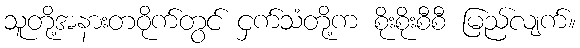
သူတို့အနားတဝိုက်တွင် ငှက်သံတို့က စိုးစိုးစီစီ မြည်လျက်။